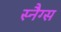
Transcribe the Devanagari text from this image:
स्नैग्स